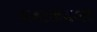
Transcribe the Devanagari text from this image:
मवाळपणा